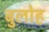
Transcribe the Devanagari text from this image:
बुलोह